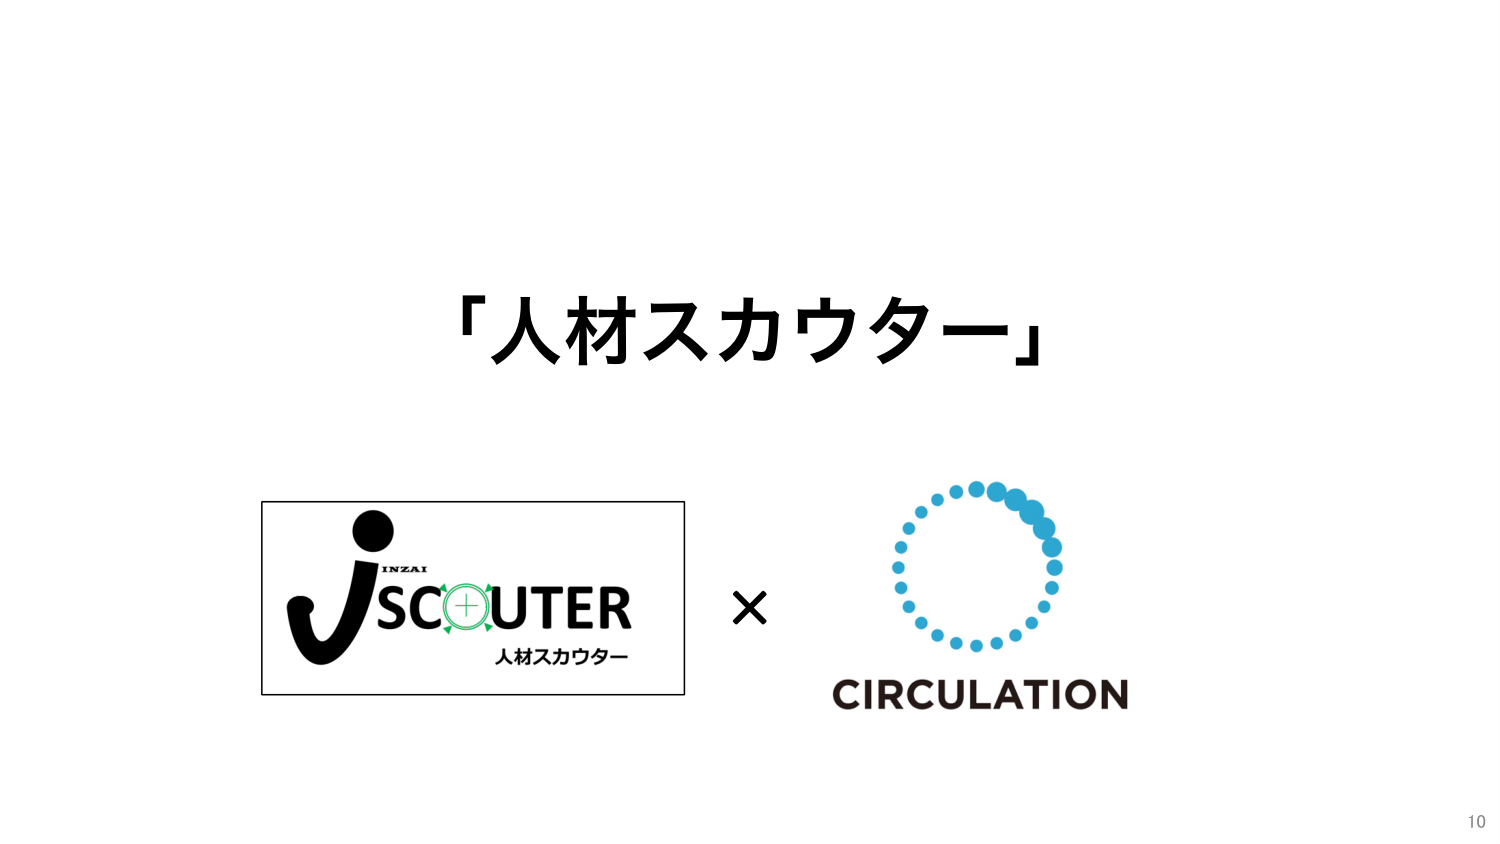
「人材スカウター」

INZAI
jSC+UTER
人材スカウター

×
CIRCULATION

10